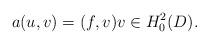
LaTeX: \begin{align*}a(u,v) =( f,v) v \in H_0^2(D) .\end{align*}